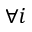
\forall i